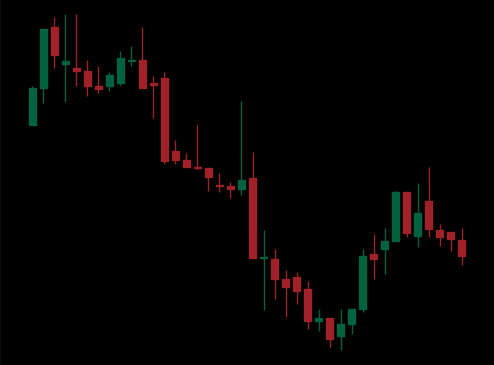
Pattern: bull_flag